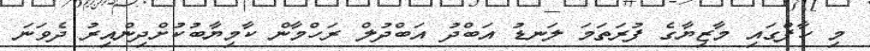
މި ހާފްގައި މާޒިޔާގެ ފުރަތަމަ ލަނޑު އަބްދު އަބްދުލް ރަހްމާން ކާމިޔާބުކުށްދިންއިރު ދެވަނަ